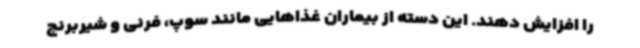
را افزایش دهند. این دسته از بیماران غذاهایی مانند سوپ، فرنی و شیربرنج